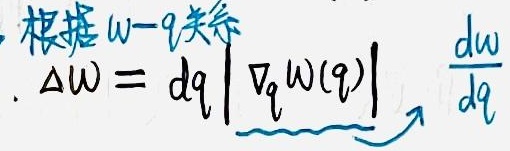
根据 $\omega - q$ 关系
\[
\Delta\omega = dq\left|\nabla_{q}\omega(q)\right|\longrightarrow\frac{d\omega}{dq}
\]